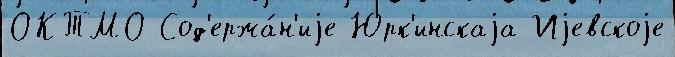
ОКТМО Сод'ержа́н'иjе Юрк'инскаjа Иjевскоjе